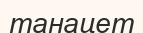
танацет